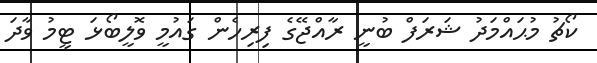
ކޯޗު މުޙައްމަދު ޝަރަފް ބުނީ ރާއްޖޭގެ ފިރިހެން ގައުމީ ވޮލީބޯޅަ ޓީމު ވާދަ